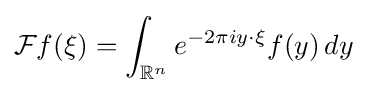
{\mathcal {F}}f(\xi )=\int _{\mathbb {R} ^{n}}e^{-2\pi iy\cdot \xi }f(y)\,dy